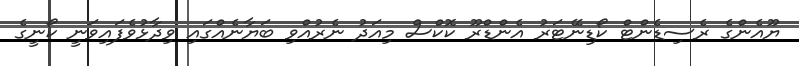
ޔޫއެންގެ ރެސިޑެންޓް ކޯޑިނޭޓަރު އެންޑްރޫ ކޮކްސް މިއަދު ނެރުއްވި ބަޔާނެއްގައި ވިދާޅުވެފައިވަނީ ކޯނީގެ